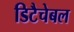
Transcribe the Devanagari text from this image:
डिटैचेबल